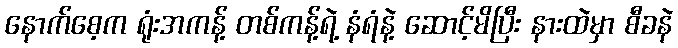
နောက်စေ့က ရုံးအကန့် တစ်ကန့်ရဲ့ နံရံနဲ့ ဆောင့်မိပြီး နားထဲမှာ စီခနဲ